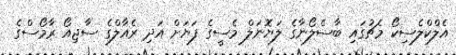
އެލްކްލެސިކޯ މެޗުގައި ބާސެލޯނާގެ ލަޔޮނަލް މެސީގެ ފަޔަށް އަދި ރެއާލްގެ ސާޖިއޯ ރާމޯސްގެ